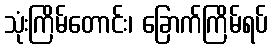
သုံးကြိမ်တောင်း၊ ခြောက်ကြိမ်ရပ်